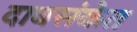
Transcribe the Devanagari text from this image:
दाबसंकेत